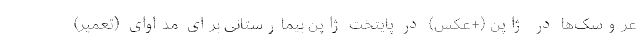
عروسک‌ها در ژاپن (+عکس) در پایتخت ژاپن بیمارستانی برای مداوای (تعمیرِ)